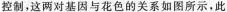
控制，这两对基因与花色的关系如图所示，此